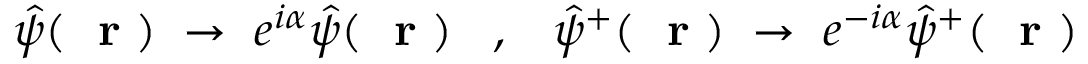
\hat { \psi } ( \mathrm { ~ \bf ~ r ~ } ) \; \to \; e ^ { i \alpha } \hat { \psi } ( \mathrm { ~ \bf ~ r ~ } ) \; \; \; , \; \; \; \hat { \psi } ^ { + } ( \mathrm { ~ \bf ~ r ~ } ) \; \to \; e ^ { - i \alpha } \hat { \psi } ^ { + } ( \mathrm { ~ \bf ~ r ~ } )